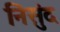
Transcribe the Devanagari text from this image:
निसुंद